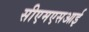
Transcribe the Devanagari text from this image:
सीएमएसआई